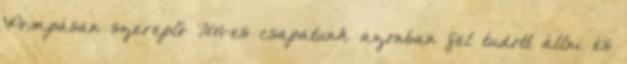
Pompásan szereplő U14-es csapatunk azonban fel tudott állni és